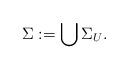
LaTeX: \begin{align*} \Sigma :=\bigcup_{} \Sigma_{U}. \end{align*}